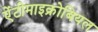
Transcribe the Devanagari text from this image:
ऐंटीमाइक्रोबियल